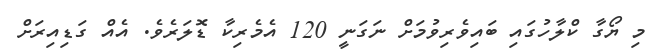
މި ޔޯގާ ކްލާހުގައި ބައިވެރިވުމަށް ނަގަނީ 120 އެމެރިކާ ޑޮލަރެވެ. އެއް ގަޑިއިރަށް